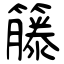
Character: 籐